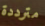
مترددة